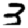
Digit: 3